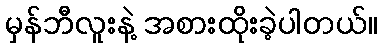
မှန်ဘီလူးနဲ့ အစားထိုးခဲ့ပါတယ်။